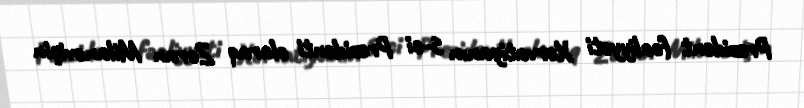
Prezident fəaliyyəti Xorvatiyanın 5-ci Prezidenti olaraq Zoran Milanoviçin